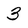
Character: 3